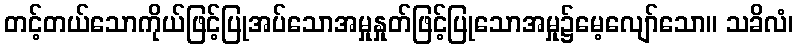
တင့်တယ်သောကိုယ်ဖြင့်ပြုအပ်သောအမှုနှုတ်ဖြင့်ပြုသောအမှု၌မေ့လျော်သော။ သခိလံ၊